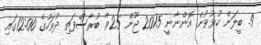
9. ބީލަން ހުޅުވުން އޮންނާނީ 2015 ޖޫން 25ވާ ބުރާސްފަތި ދުވަހުގެ 12:00ގައި